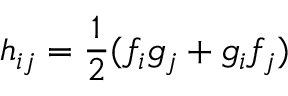
h _ { i j } = \frac { 1 } { 2 } ( f _ { i } g _ { j } + g _ { i } f _ { j } )